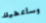
وسأعطيك